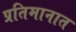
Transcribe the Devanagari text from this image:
प्रतिमानात